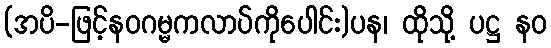
(အပိ-ဖြင့်နဝဂမ္မကလာပ်ကိုပေါင်း)ပန၊ ထိုသို့ ပဋ္ဌ နဝ